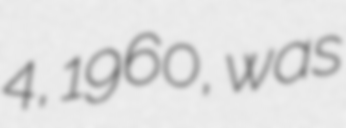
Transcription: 4, 1960, was